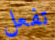
تفعل